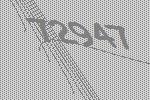
72947